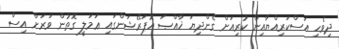
ދިވެހި އަސްކަރިއްޔާއިން ކުރިއަށް ގެންދިޔަ ޚާއްޞަ އޮޕަރޭޝަންގައި ޢަމަލީ ގޮތުން ވަރަށް އިސް